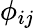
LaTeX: \phi_{ij}